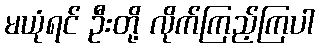
မယုံရင် ဦးတို့ လိုက်ကြည့်ကြပါ